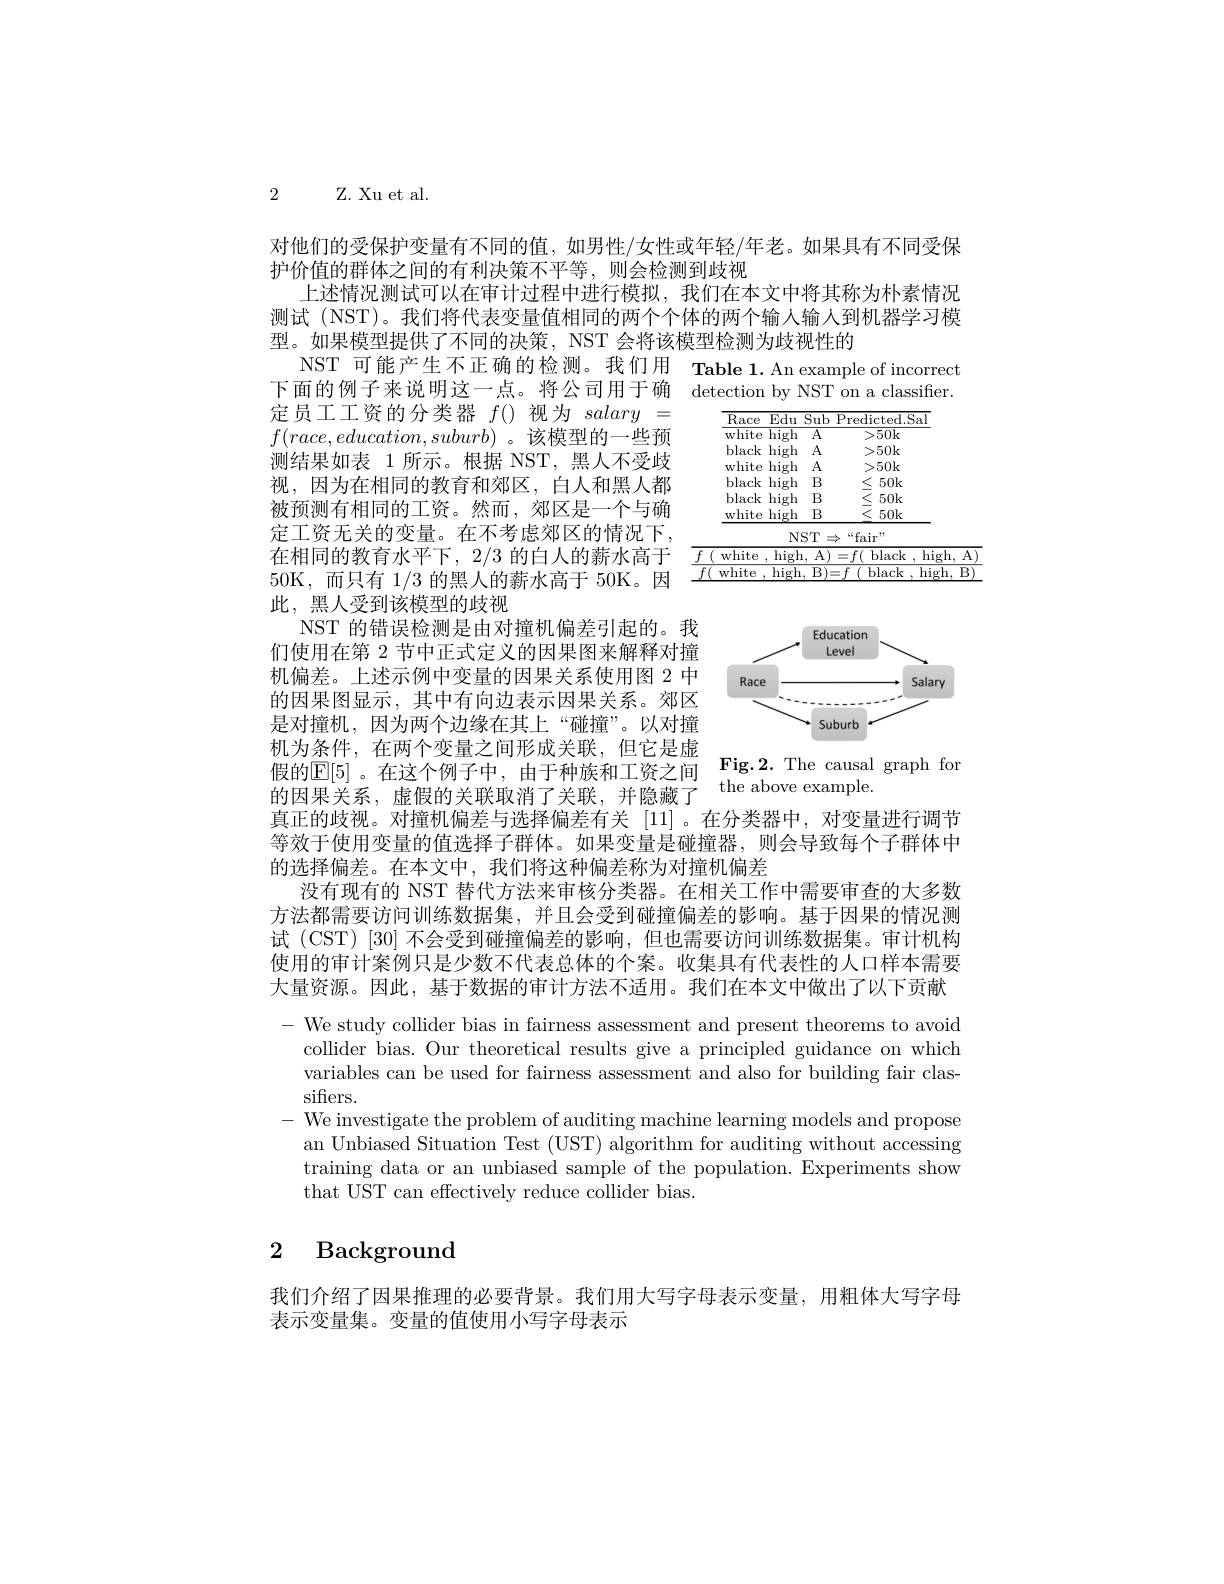
2 Z. Xu et al.

对他们的受保护变量有不同的值，如男性/女性或年轻/年老。如果具有不同受保
护价值的群体之间的有利决策不平等，则会检测到歧视
上述情况测试可以在审计过程中进行模拟，我们在本文中将其称为朴素情况测试 (NST)。我们将代表变量值相同的两个个体的两个输入输人到机器学习模型。如果模型提供了不同的决策，NST 会将该模型检测为歧视性的
NST 可能产生不正确的检测。我们用 Table 1.An example of incorrect

下面的例子来说明这一点。将公司用于确 detection by NST on a classifier.

<table>
	<tbody>
		<tr>
			<th>$\overline{\mathrm{Race}}$</th>
			<th>Edu</th>
			<th>$\overline{\mathrm{Sub}}$</th>
			<th>Predicted. Sa</th>
		</tr>
		<tr>
			<td>$\overline{\mathrm{white}}$</td>
			<td>$\overline{\mathrm{high}}$</td>
			<td>$\overline{\mathrm{A}}$</td>
			<td>>50k</td>
		</tr>
		<tr>
			<td>black</td>
			<td>high</td>
			<td>$A$</td>
			<td>$>50k$</td>
		</tr>
		<tr>
			<td>white</td>
			<td>high</td>
			<td>$A$</td>
			<td>$>50k$</td>
		</tr>
		<tr>
			<td>black</td>
			<td>high</td>
			<td>B</td>
			<td>$50k$</td>
		</tr>
		<tr>
			<td>black</td>
			<td>high</td>
			<td>B</td>
			<td>$50k$</td>
		</tr>
		<tr>
			<td>white</td>
			<td>high</td>
			<td>B</td>
			<td>$50k$</td>
		</tr>
	</tbody>
</table>

<table>
	<tbody>
		<tr>
			<td> </td>
			<td>“fair”</td>
		</tr>
		<tr>
			<td>white 手</td>
			<td>$=f($ black , high, A</td>
		</tr>
		<tr>
			<td>white</td>
			<td>T black , high. B)</td>
		</tr>
	</tbody>
</table>

<FigureHere>

定员工工资的分类器$f($)视为$salary=$
$f(race,education,suburb)$ 。该模型的一些预测结果如表 1 所示。根据 NST, 黑人不受歧视，因为在相同的教育和郊区，白人和黑人都被预测有相同的工资。然而，郊区是一个与确定工资无关的变量。在不考虑郊区的情况下， 在相同的教育水平下，2/3 的白人的薪水高于50K,而只有1/3的黑人的薪水高于 50K。因此，黑人受到该模型的歧视
NST 的错误检测是由对撞机偏差引起的。我们使用在第 2 节中正式定义的因果图来解释对撞机偏差。上述示例中变量的因果关系使用图 2 中的因果图显示，其中有向边表示因果关系。郊区是对撞机，因为两个边缘在其上“碰撞”。以对撞机为条件，在两个变量之间形成关联，但它是虚假的E[ 5] 。在这个例子中，由于种族和工资之间 Fig. 2. The causal graph for
的因果关系，虚假的关联取消了关联，并隐藏了
真正的歧视。对撞机偏差与选择偏差有关[11] 。在分类器中，对变量进行调节等效于使用变量的值选择子群体。如果变量是碰撞器，则会导致每个子群体中的选择偏差。在本文中，我们将这种偏差称为对撞机偏差
没有现有的 NST 替代方法来审核分类器。在相关工作中需要审查的大多数方法都需要访问训练数据集，并且会受到碰撞偏差的影响。基于因果的情况测试 (CST) [30] 不会受到碰撞偏差的影响，但也需要访问训练数据集。审计机构使用的审计案例只是少数不代表总体的个案。收集具有代表性的人口样本需要大量资源。因此，基于数据的审计方法不适用。我们在本文中做出了以下贡献- We study collider bias in fairness assessment and present theorems to avoid
collider bias. Our theoretical results give a principled guidance on which variables can be used for fairness assessment and also for building fair classifiers.
- We investigate the problem of auditing machine learning models and propose
an Unbiased Situation Test (UST) algorithm for auditing without accessing training data or an unbiased sample of the population. Experiments show that UST can effectively reduce collider bias.

2 Background

我们介绍了因果推理的必要背景。我们用大写字母表示变量，用粗体大写字母
表示变量集。变量的值使用小写字母表示